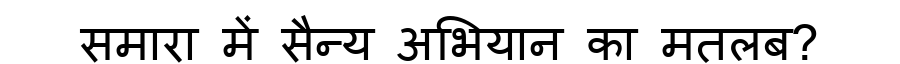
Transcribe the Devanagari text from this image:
समारा में सैन्य अभियान का मतलब?